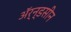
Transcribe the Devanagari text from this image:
ॲर्न्डसीन